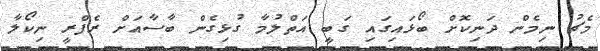
މެޗު ނިމެން ދަނިކޮށް ބޯޅައިގައި ގަބީ އަތްލުމާ ގުޅިގެން ބާސާއަށް ރެފްރީ ނިކޯލާ